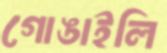
গোঙাইলি